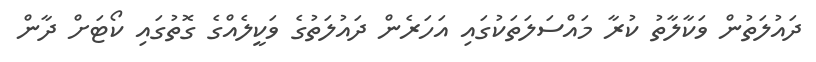
ދައުލަތުން ވަކާލާތު ކުރާ މައްސަލަތަކުގައި އަހަރެން ދައުލަތުގެ ވަކީލެއްގެ ގޮތުގައި ކޯޓަށް ދާން